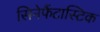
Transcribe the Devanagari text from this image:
सिनेफैंटास्टिक